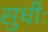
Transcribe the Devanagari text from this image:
सुधीः